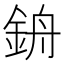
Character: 𨦞